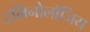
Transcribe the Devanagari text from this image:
टर्मिनोलॉजिय